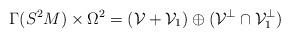
LaTeX: \begin{align*} \Gamma(S^2M)\times \Omega^2=(\mathcal{V}+\mathcal{V}_1)\oplus(\mathcal{V}^\perp\cap \mathcal{V}_1^\perp) \end{align*}